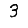
Digit: 3